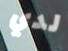
لدي